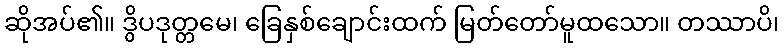
ဆိုအပ်၏။ ဒွိပဒုတ္တမေ၊ ခြေနှစ်ချောင်းထက် မြတ်တော်မူထသော။ တဿာပိ၊